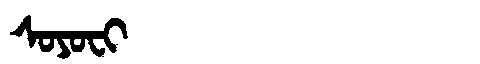
Manchu: ᠰᠣᠶᠣᠸᡳ
Romanization: SOYOFI